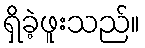
ရှိခဲ့ဖူးသည်။